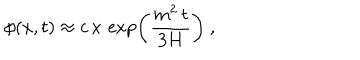
LaTeX: \phi ( x , t ) \approx c \, x \, \exp \left( { \frac { m ^ { 2 } \, t } { 3 H } } \right) \ ,